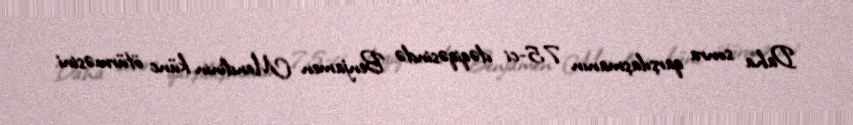
Daha sonra qarşılaşmanın 75-ci dəqiqəsində Benjamen Mendinin künc ötürməsini